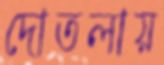
দোতলায়